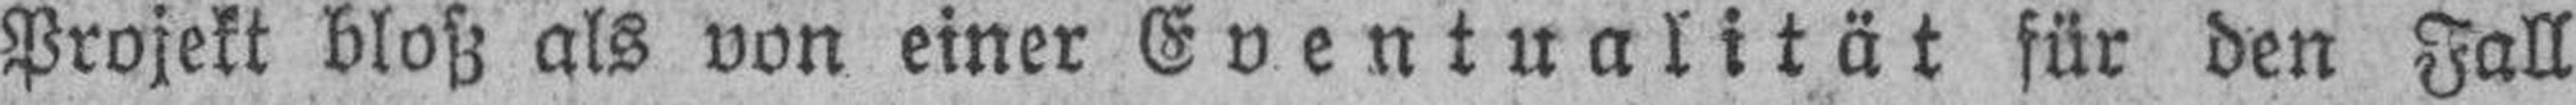
Projekt bloß als von einer Eventualität für den Fall